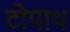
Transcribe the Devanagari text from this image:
टोपाथ